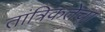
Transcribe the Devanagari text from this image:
तांत्रिकतेचा